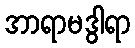
အာရာမဒွါရာ